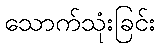
သောက်သုံးခြင်း